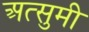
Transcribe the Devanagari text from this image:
अत्सुमी